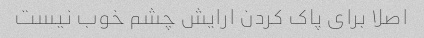
اصلا برای پاک کردن ارایش چشم خوب نیست